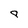
Character: g